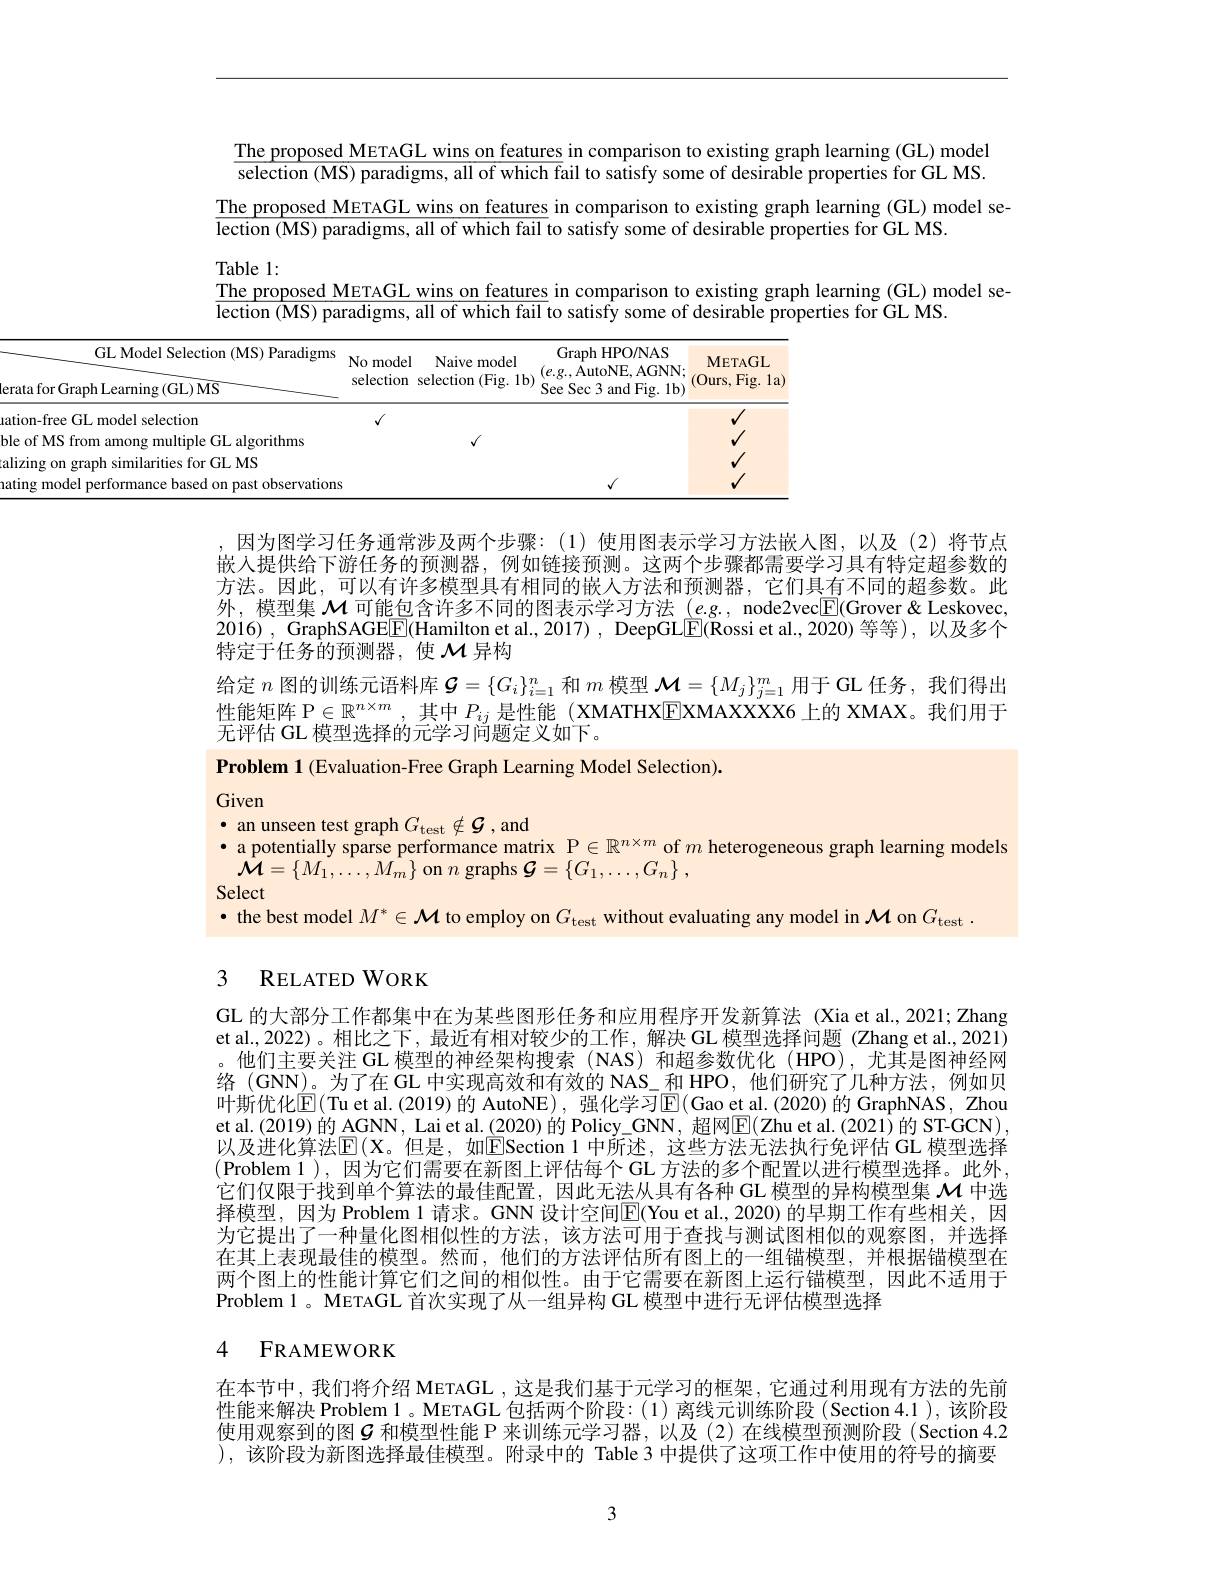
The proposed METAGL wins on features in comparison to existing graph learning (GL) model selection (MS) paradigms, all of which fail to satisfy some of desirable properties for GL MS.
$\frac{\mathrm{The~proposed~METAGL~wins~on~features~in~comparison~to~existing~graph~learning~(GL)~model~se-}}$
lection (MS) paradigms, all of which fail to satisfy some of desirable properties for GL MS.
Table 1:

The proposed METAGL wins on features in comparison to existing graph learning (GL) model se-

$\overrightarrow{\text{lection (MS) paradigms, all of which fail }}$to satisfy some of desirable properties for GL MS.

<table>
	<tbody>
		<tr>
			<th>GL Model Selection (MS) Paradigms ta for Graph Learning (GL) MS</th>
			<th>$No$ model selection</th>
			<th>Naive model selection (Fig. 1b)</th>
			<th>Graph HPO/NAS $(e.g..AutoNE,AGNN;$ See Sec 3 and Fig. 1b)</th>
			<th>METAGL (0urs, $Fig.1a$</th>
		</tr>
		<tr>
			<td>on-free GL model selection of MS from among multiple GL algorithms zing on graph similarities for GL MS</td>
			<td>$√$</td>
			<td>$√$</td>
			<td>$f$</td>
			<td>$y$</td>
		</tr>
	</tbody>
</table>
ble

因为图学习任务通常涉及两个步骤：(1)使用图表示学习方法嵌人图，以及(2)将节点嵌入提供给下游任务的预测器，例如链接预测。这两个步骤都需要学习具有特定超参数的方法。因此，可以有许多模型具有相同的嵌人方法和预测器，它们具有不同的超参数。此外，模型集$\mathcal{M}$可能包含许多不同的图表示学习方法$(e.g.$, node2vec$\mathbb{E}($Grover&Leskovec, 2016), GraphSAGE$\boxed{\mathrm{F}}($Hamilton et al.,2017), DeepGL$\boxed{\mathrm{E}}($Rossi et al.,2020)等等),以及多个特定于任务的预测器，使$\mathcal{M}$异构
给定$n$图的训练元语料库$\mathcal{G}=\{G_i\}_i=1^n$和$m$模型$\mathcal{M}=\{M_j\}_j=1^m$用于 GL 任务，我们得出性能矩阵 P$\in\mathbb{R}^{n\times m}$,其中$P_{ij}$是性能 (XMATHX[E]XMAXXXX6 上的 XMAX。我们用于无评估 GL 模型选择的元学习问题定义如下。

Problem 1 (Evaluation-Free Graph Learning Model Selection).

Given
$\bullet$ an unseen test graph $G_\mathrm{test}\notin \mathcal{G}$ ,and
· a potentially sparse performance matrix $\mathbb{P}\in\mathbb{R}^{n\times m}$ of $m$ heterogeneous graph learning models
$\hat{\mathcal{M}}=\{M_{1},\ldots,M_{m}\}$ on $n$ graphs $\mathcal{G} = \{ G_1, \ldots , G_n\}$ ,
Select
· the best model $M^*\in\mathcal{M}$ to employ on $G_\mathrm{test}$ without evaluating any model in $\mathcal{M}$ on $G_\mathrm{test}$

## 3 RELATEDWORK

GL 的大部分工作都集中在为某些图形任务和应用程序开发新算法(Xia et al.,2021;Zhang et al., 2022)。相比之下，最近有相对较少的工作，解决 GL 模型选择问题 (Zhang et al., 2021) ,他们主要关注 GL 模型的神经架构搜索 (NAS) 和超参数优化 (HPO),尤其是图神经网络 (GNN)。为了在 GL 中实现高效和有效的 NAS\_和 HPO, 他们研究了几种方法，例如贝叶 斯 优 化 $\mathbb{E} ($Tu et al.(2019)的 AutoNE), 强化学习$\mathbb{E}($Gao et al.(2020)的 GraphNAS, Zhou et al.(2019) 的 AGNN, Lai et al. (2020) 的 Policy\_GNN, 超网$\overline{\mathrm{E}}($Zhu et al.(2021)的 ST-GCN), 以及进化算法$\mathbb{E}(X$。但是，如$\mathbb{E}$Section 1 中所述，这些方法无法执行免评估 GL 模型选择(Problem 1),因为它们需要在新图上评估每个GL 方法的多个配置以进行模型选择。此外， 它们仅限于找到单个算法的最佳配置，因此无法从具有各种 GL 模型的异构模型集$\mathcal{M}$中选择模型，因为 Problem 1 请求。GNN 设计空间$\mathbb{E}($You et al.,2020) 的早期工作有些相关，因为它提出了一种量化图相似性的方法，该方法可用于查找与测试图相似的观察图，并选择在其上表现最佳的模型。然而，他们的方法评估所有图上的一组锚模型，并根据锚模型在两个图上的性能计算它们之间的相似性。由于它需要在新图上运行锚模型，因此不适用于Problem 1 。METAGL 首次实现了从一组异构 GL 模型中进行无评估模型选择

### 4 FRAMEWORK

在本节中，我们将介绍 METAGL ,这是我们基于元学习的框架，它通过利用现有方法的先前性能来解决 Problem 1 。METAGL 包括两个阶段：(1)离线元训练阶段 (Section 4.1 ), 该阶段使用观察到的图$\mathcal{G}$ 和模型性能 P 来训练元学习器，以及(2)在线模型预测阶段 (Section 4.2 ),该阶段为新图选择最佳模型。附录中的 Table 3 中提供了这项工作中使用的符号的摘要

3